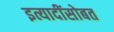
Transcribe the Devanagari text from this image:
इत्यादींसोबत